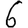
Digit: 6